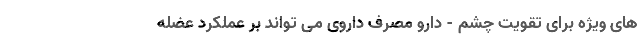
های ویژه برای تقویت چشم - دارو مصرف داروی می تواند بر عملکرد عضله